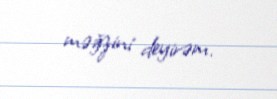
məğzini deyirəm.